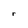
Character: r